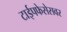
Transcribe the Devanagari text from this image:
टाईपफेसेसवर